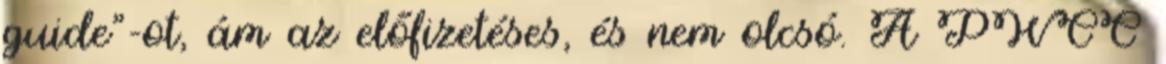
guide"-ot, ám az előfizetéses, és nem olcsó. A PWCC